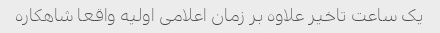
یک ساعت تاخیر علاوه بر زمان اعلامی اولیه واقعا شاهکاره